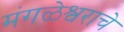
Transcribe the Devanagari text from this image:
मंगळेश्वराचे